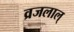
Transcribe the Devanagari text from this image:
व्रजलाल्